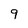
Character: 9